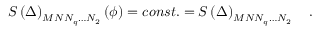
S \left( \Delta \right) _ { M N N _ { q } \ldots N _ { 2 } } \left( \phi \right) = c o n s t . = S \left( \Delta \right) _ { M N N _ { q } \ldots N _ { 2 } } \quad .